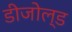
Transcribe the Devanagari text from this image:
डीजोल्ड